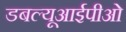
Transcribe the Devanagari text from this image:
डबल्यूआईपीओ